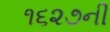
૧૬૨૭ની